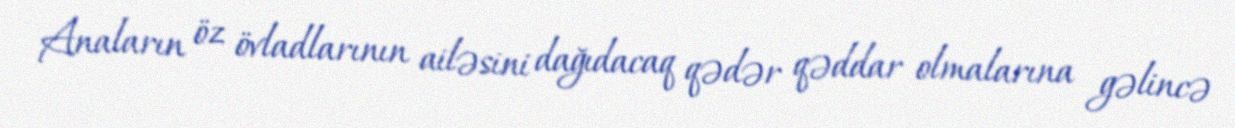
Anaların öz övladlarının ailəsini dağıdacaq qədər qəddar olmalarına gəlincə